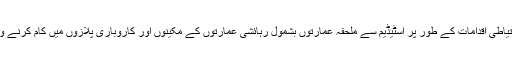
سی سی پی او لاہور نے بتایا کہ احتیاطی اقدامات کے طور پر اسٹیڈیم سے ملحقہ عمارتوں بشمول رہائشی عمارتوں کے مکینوں اور کاروباری پلازوں میں کام کرنے والوں کا ریکارڈ جمع کیا جا رہا ہے۔